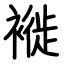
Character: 褷